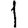
Digit: 1